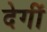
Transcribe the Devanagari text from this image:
देगीं